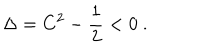
LaTeX: \Delta = C ^ { 2 } - { \frac { 1 } { 2 } } < 0 \ .